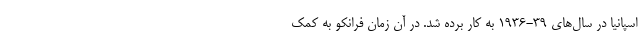
اسپانیا در سال‌های 39-1936 به کار برده شد. در آن زمان فرانکو به کمک